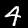
Digit: 4